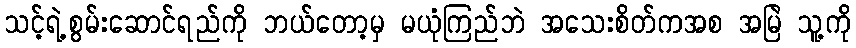
သင့်ရဲ့စွမ်းဆောင်ရည်ကို ဘယ်တော့မှ မယုံကြည်ဘဲ အသေးစိတ်ကအစ အမြဲ သူ့ကို